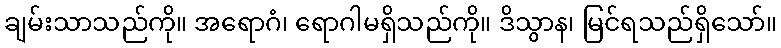
ချမ်းသာသည်ကို။ အရောဂံ၊ ရောဂါမရှိသည်ကို။ ဒိသွာန၊ မြင်ရသည်ရှိသော်။